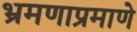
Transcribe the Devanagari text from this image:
भ्रमणाप्रमाणे